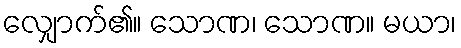
လျှောက်၏။ သောဏ၊ သောဏ။ မယာ၊